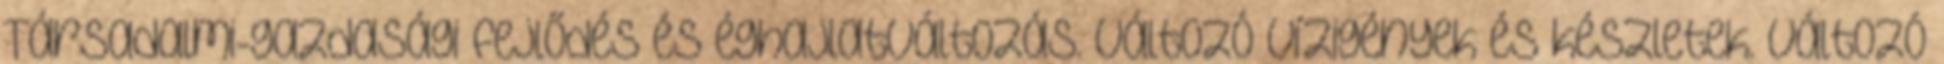
Társadalmi-gazdasági fejlődés és éghajlatváltozás. Változó vízigények és készletek. Változó